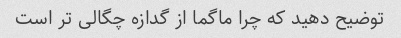
توضیح دهید که چرا ماگما از گدازه چگالی تر است